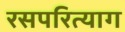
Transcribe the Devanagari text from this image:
रसपरित्याग